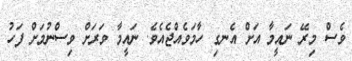
ވެސް މިރޭ ނައީމާ އަށް އެނގި ހާމަވެއްޖެއެވެ. ނައީމާ ވަރަށް ވިސްނުމަށް ފަހު